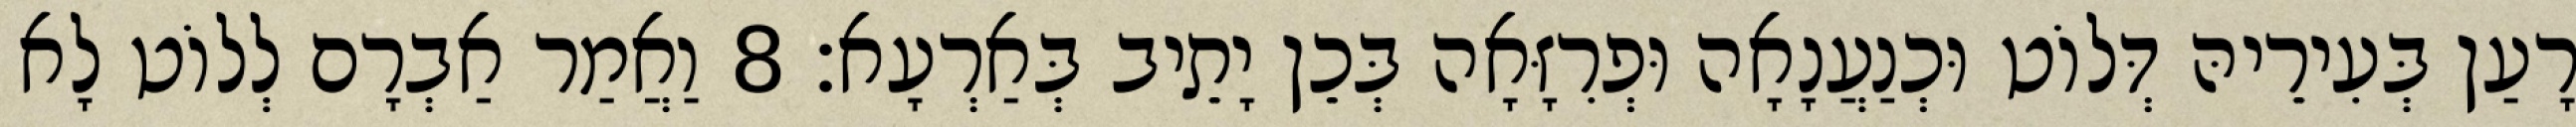
רָעַן בְּעִירֵיהּ דְּלוֹט וּכְנַעֲנָאָה וּפְרִזָּאָה בְּכֵן יָתֵיב בְּאַרְעָא׃ 8 וַאֲמַר אַבְרָם לְלוֹט לָא